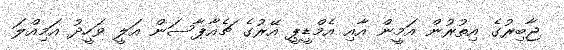
ޖާބިރުގެ އިތުރުން އަމީން އާއި އެމްޑީޕީ އޭރުގެ ޗެއާޕާސަން އަލީ ވަހީދު އަމިއްލަ